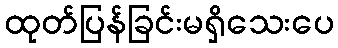
ထုတ်ပြန်ခြင်းမရှိသေးပေ